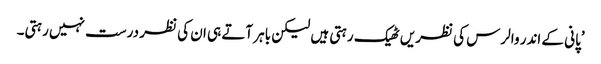
’پانی کے اندر والرس کی نظریں ٹھیک رہتی ہیں لیکن باہر آتے ہی ان کی نظر درست نہیں رہتی۔